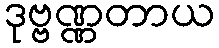
ဒုဗ္ဗဏ္ဏတာယ